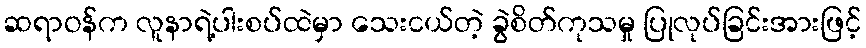
ဆရာဝန်က လူနာရဲ့ပါးစပ်ထဲမှာ သေးငယ်တဲ့ ခွဲစိတ်ကုသမှု ပြုလုပ်ခြင်းအားဖြင့်